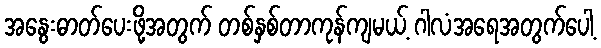
အနွေးဓာတ်ပေးဖို့အတွက် တစ်နှစ်တာကုန်ကျမယ့် ဂါလံအရေအတွက်ပေါ့